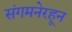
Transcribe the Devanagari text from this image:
संगमनेरहून